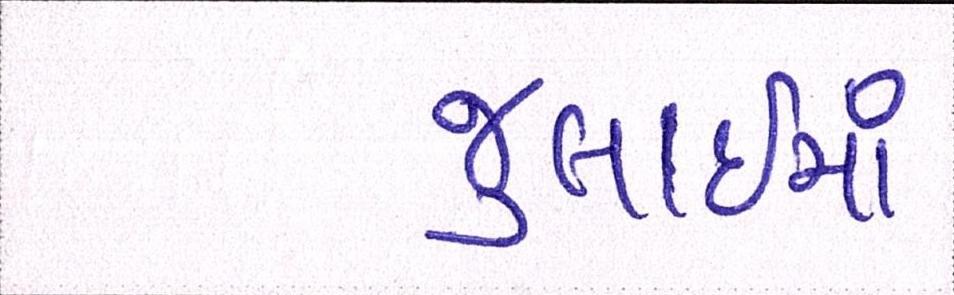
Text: જુલાઇમાં